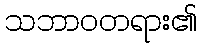
သဘာဝတရား၏